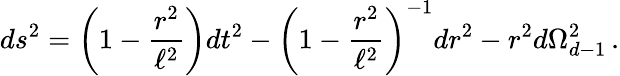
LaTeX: ds^{2}=\left(1-\frac{r^{2}}{\ell^{2}}\right)dt^{2}-\left(1-\frac{r^{2}}{\ell^{2}}\right)^{-1}dr^{2}-r^{2}d\Omega_{d-1}^{2}\, .